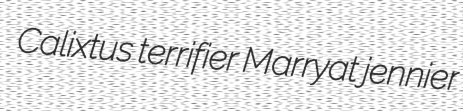
Calixtus terrifier Marryat jennier